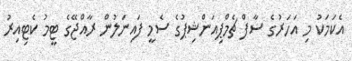
އެކަމަކު މި އަހަރުގެ ސާފް ޗެމްޕިއަންޝިޕުގެ ސެމީ ފައިނަލުން ރާއްޖޭގެ ޓީމު ކެޓިއިރު